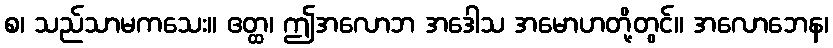
စ၊ သည်သာမကသေး။ ဧတ္ထ၊ ဤအလောဘ အဒေါသ အမောဟတို့တွင်။ အလောဘေန၊